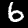
Digit: 6